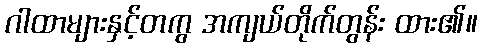
ဂါထာများနှင့်တကွ အကျယ်တိုက်တွန်း ထား၏။